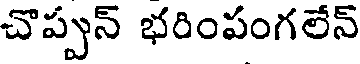
చొప్పున్ భరింపంగలేన్